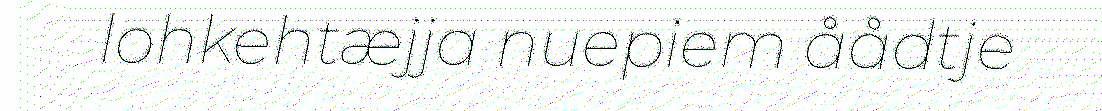
lohkehtæjja nuepiem åådtje